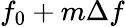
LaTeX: f_{0}+m\Delta f